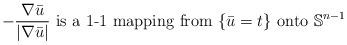
LaTeX: \begin{align*} -\frac{\nabla \bar u }{ | \nabla \bar u | }\, \, \mbox{is a 1-1 mapping from} \, \, \{ \bar u = t \}\, \, \mbox{onto}\, \, \mathbb{S}^{n-1}\end{align*}